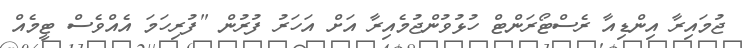
ޖުމައިރާ އިންޑިއާ ރެސްޓޯރަންޓް ހުޅުވުންޖުމެއިރާ އަށް އަހަރު ފުރުން "ފުރިހަމަ އެއްވެސް ޓީމެއް